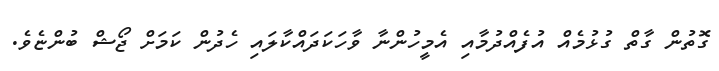
ގޮތުން ގާތް ގުޅުމެއް އުފެއްދުމާއި އެމީހުންނާ ވާހަކަދައްކާލައި ހެދުން ކަމަށް ޖޯޝް ބުންޏެވެ.